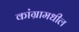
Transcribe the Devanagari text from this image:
कांग्रामधील